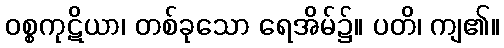
ဝစ္စကုဋိယာ၊ တစ်ခုသော ရေအိမ်၌။ ပတိ၊ ကျ၏။